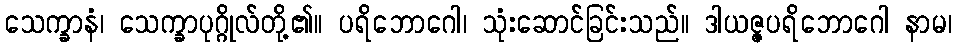
သေက္ခာနံ၊ သေက္ခာပုဂ္ဂိုလ်တို့၏။ ပရိဘောဂေါ၊ သုံးဆောင်ခြင်းသည်။ ဒါယဇ္ဇပရိဘောဂေါ နာမ၊